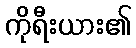
ကိုရီးယား၏